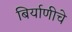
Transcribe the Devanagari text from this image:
बिर्याणीचे